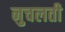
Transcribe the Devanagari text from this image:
नुचलती